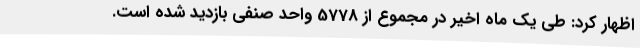
اظهار کرد: طی یک ماه اخیر در مجموع از 5778 واحد صنفی بازدید شده است.